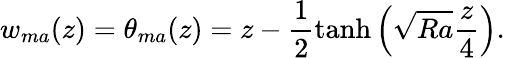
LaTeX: w_{ma}(z)=\theta_{ma}(z)=z-\frac{1}{2}\operatorname{tanh}\left(\sqrt{Ra}\frac{z}{4}\right).